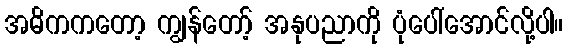
အဓိကကတော့ ကျွန်တော့် အနုပညာကို ပုံပေါ်အောင်လို့ပါ။